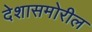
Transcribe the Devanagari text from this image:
देशासमोरील